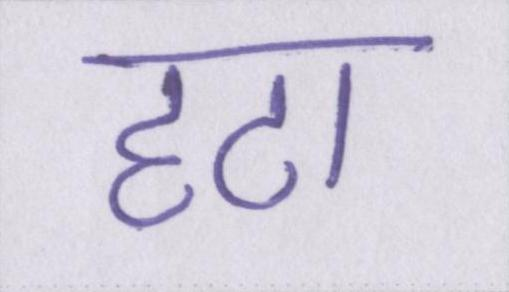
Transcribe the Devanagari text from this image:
हटा